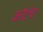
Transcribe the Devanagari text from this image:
कोर्टचा